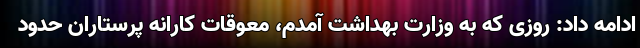
ادامه داد: روزی که به وزارت بهداشت آمدم، معوقات کارانه پرستاران حدود